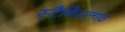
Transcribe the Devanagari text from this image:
स्टैनिस्लाव